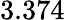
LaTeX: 3.374